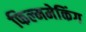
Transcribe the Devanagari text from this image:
फिल्ममेकिंग